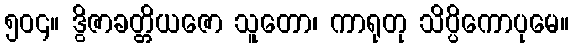
၅၀၄။ ဒွိဇာခတ္တိယဇော သူတော၊ ကာရုတု သိပ္ပိကောပုမေ။